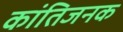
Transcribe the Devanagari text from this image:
कांतिजनक